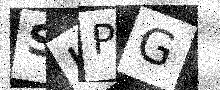
Text: SKPG